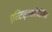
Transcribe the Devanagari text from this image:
एसिटाइलसेलिसिलिक